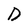
Character: D